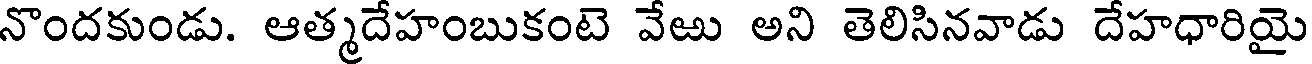
నొందకుండు. ఆత్మదేహంబుకంటె వేఱు అని తెలిసినవాడు దేహధారియై